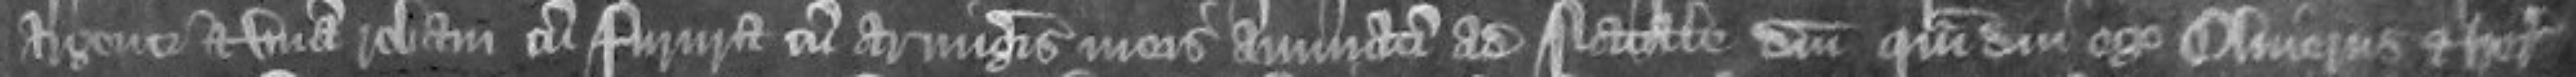
argenti et unam robam cum furura cum armigeris meis annuatim ad Natale Domini quam diu ego Oliverus et heredes